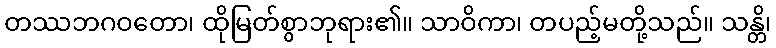
တဿဘဂဝတော၊ ထိုမြတ်စွာဘုရား၏။ သာဝိကာ၊ တပည့်မတို့သည်။ သန္တိ၊